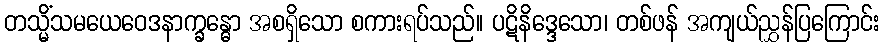
တသ္မိံသမယေဝေဒနာက္ခန္ဓော အစရှိသော စကားရပ်သည်။ ပဋိနိဒ္ဒေသော၊ တစ်ဖန် အကျယ်ညွှန်ပြကြောင်း